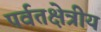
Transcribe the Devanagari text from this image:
पर्वतक्षेत्रीय